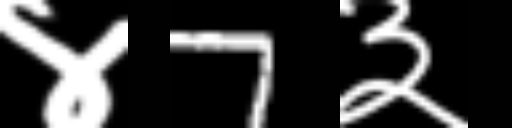
Text: ४7३